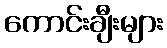
ကောင်းချီးများ